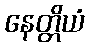
နေတ္တိယံ